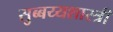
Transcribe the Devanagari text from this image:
सुब्बय्यशास्त्री